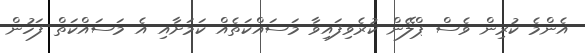
އެންމެ ކުރިން ވެސް ޕްލޭން ކުރެވިފައިވާ މަސައްކަތެއް ކަމަށާއި އެ މަސައްކަތް ފަހުން